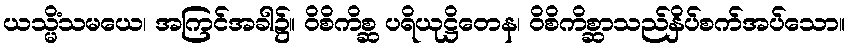
ယသ္မိံသမယေ၊ အကြင်အခါ၌။ ဝိစိကိစ္ဆ ပရိယုဋ္ဌိတေန၊ ဝိစိကိစ္ဆာသည်နှိပ်စက်အပ်သော။